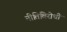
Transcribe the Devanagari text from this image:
नीतिविरोधी